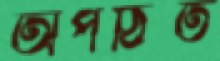
অপঠিত